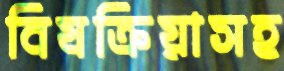
বিষক্রিয়াসহ